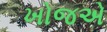
ખોજએ